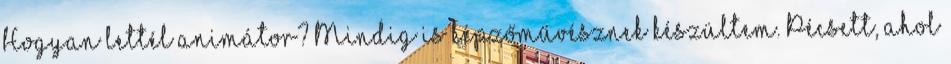
Hogyan lettél animátor? Mindig is képzőművésznek készültem. Pécsett, ahol